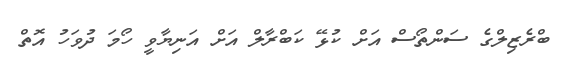
ބްރެޒިލްގެ ސަންތޯސް އަށް ކުޅޭ ކަބްރާލް އަށް އަނިޔާވީ ހޯމަ ދުވަހު އޮތް